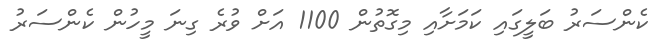
ކެންސަރު ބަލީގައި ކަމަށާއި މިގޮތުން 1100 އަށް ވުރެ ގިނަ މީހުން ކެންސަރު